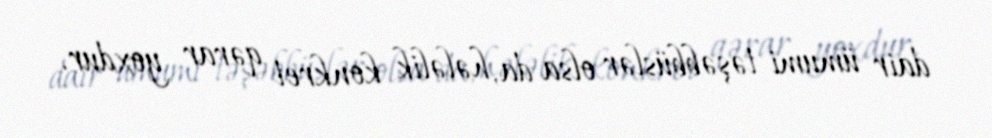
dair ümumi təşəbbüslər olsa da, hələlik konkret qərar yoxdur.